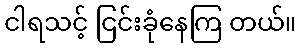
ငါရသင့် ငြင်းခုံနေကြ တယ်။